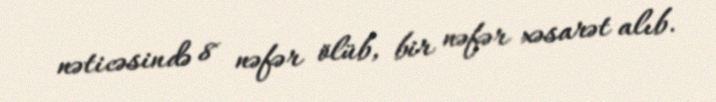
nəticəsində 8 nəfər ölüb, bir nəfər xəsarət alıb.